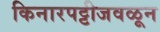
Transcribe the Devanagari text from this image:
किनारपट्टीजवळून